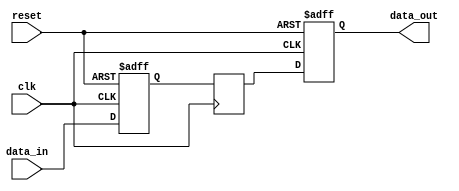
module two_flop_synchronizer (
    input wire clk,
    input wire reset,
    input wire data_in,
    output reg data_out
);

reg dff1;
reg dff2;

// First D flip-flop capturing input signal on rising edge of clock
always @(posedge clk or posedge reset)
begin
    if (reset)
        dff1 <= 1'b0;
    else
        dff1 <= data_in;
end

// Second D flip-flop capturing output of first flip-flop on falling edge of clock
always @(negedge clk)
begin
    dff2 <= dff1;
end

// Output signal synchronized with clock domain
always @(posedge clk or posedge reset)
begin
    if (reset)
        data_out <= 1'b0;
    else
        data_out <= dff2;
end

endmodule